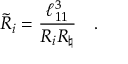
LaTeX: { \tilde { R } } _ { i } = { \frac { \ell _ { 1 1 } ^ { 3 } } { R _ { i } R _ { \natural } } } \quad .